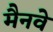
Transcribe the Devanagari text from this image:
मैनवे